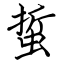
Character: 蜇